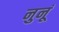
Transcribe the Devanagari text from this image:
नुनूं